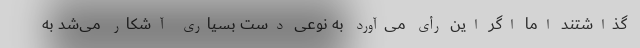
گذاشتند اما اگر این رأی می‌آورد به نوعی دست بسیاری آشکار می‌شد به